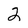
Character: 2